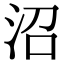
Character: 沼